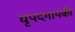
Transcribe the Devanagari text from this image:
धृपदगायकी